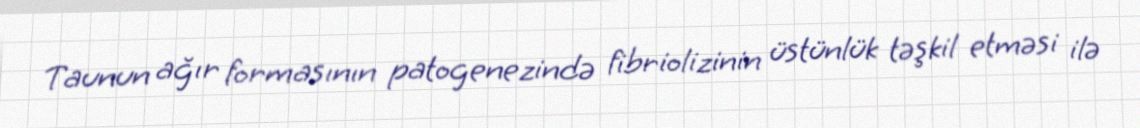
Taunun ağır formasının patogenezində fibriolizinin üstünlük təşkil etməsi ilə